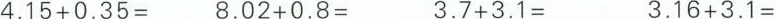
4.$$15+0.35=$$ $$8.02+0.8=$$ $$3.7+3.1=$$ $$3.16+3.1=$$